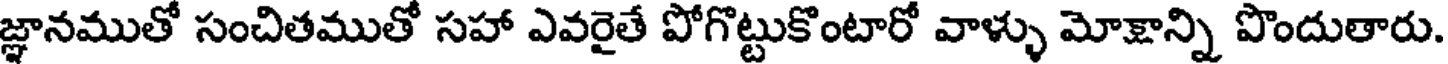
జ్ఞానముతో సంచితముతో సహా ఎవరైతే పోగొట్టుకొంటారో వాళ్ళు మోక్షాన్ని పొందుతారు.